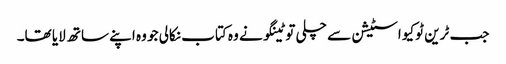
جب ٹرین ٹوکیو اسٹیشن سے چلی تو ٹینگو نے وہ کتاب نکالی جو وہ اپنے ساتھ لایا تھا۔